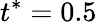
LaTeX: t^{*}=0.5